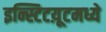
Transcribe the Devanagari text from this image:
इन्स्टिटय़ूटमध्ये